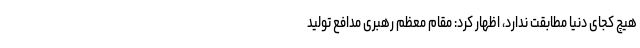
هیچ کجای دنیا مطابقت ندارد، اظهار کرد: مقام معظم رهبری مدافع تولید